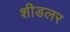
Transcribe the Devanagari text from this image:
शीडलर